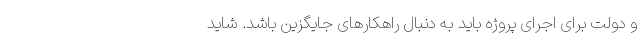
و دولت برای اجرای پروژه باید به دنبال راهکارهای جایگزین باشد. شاید